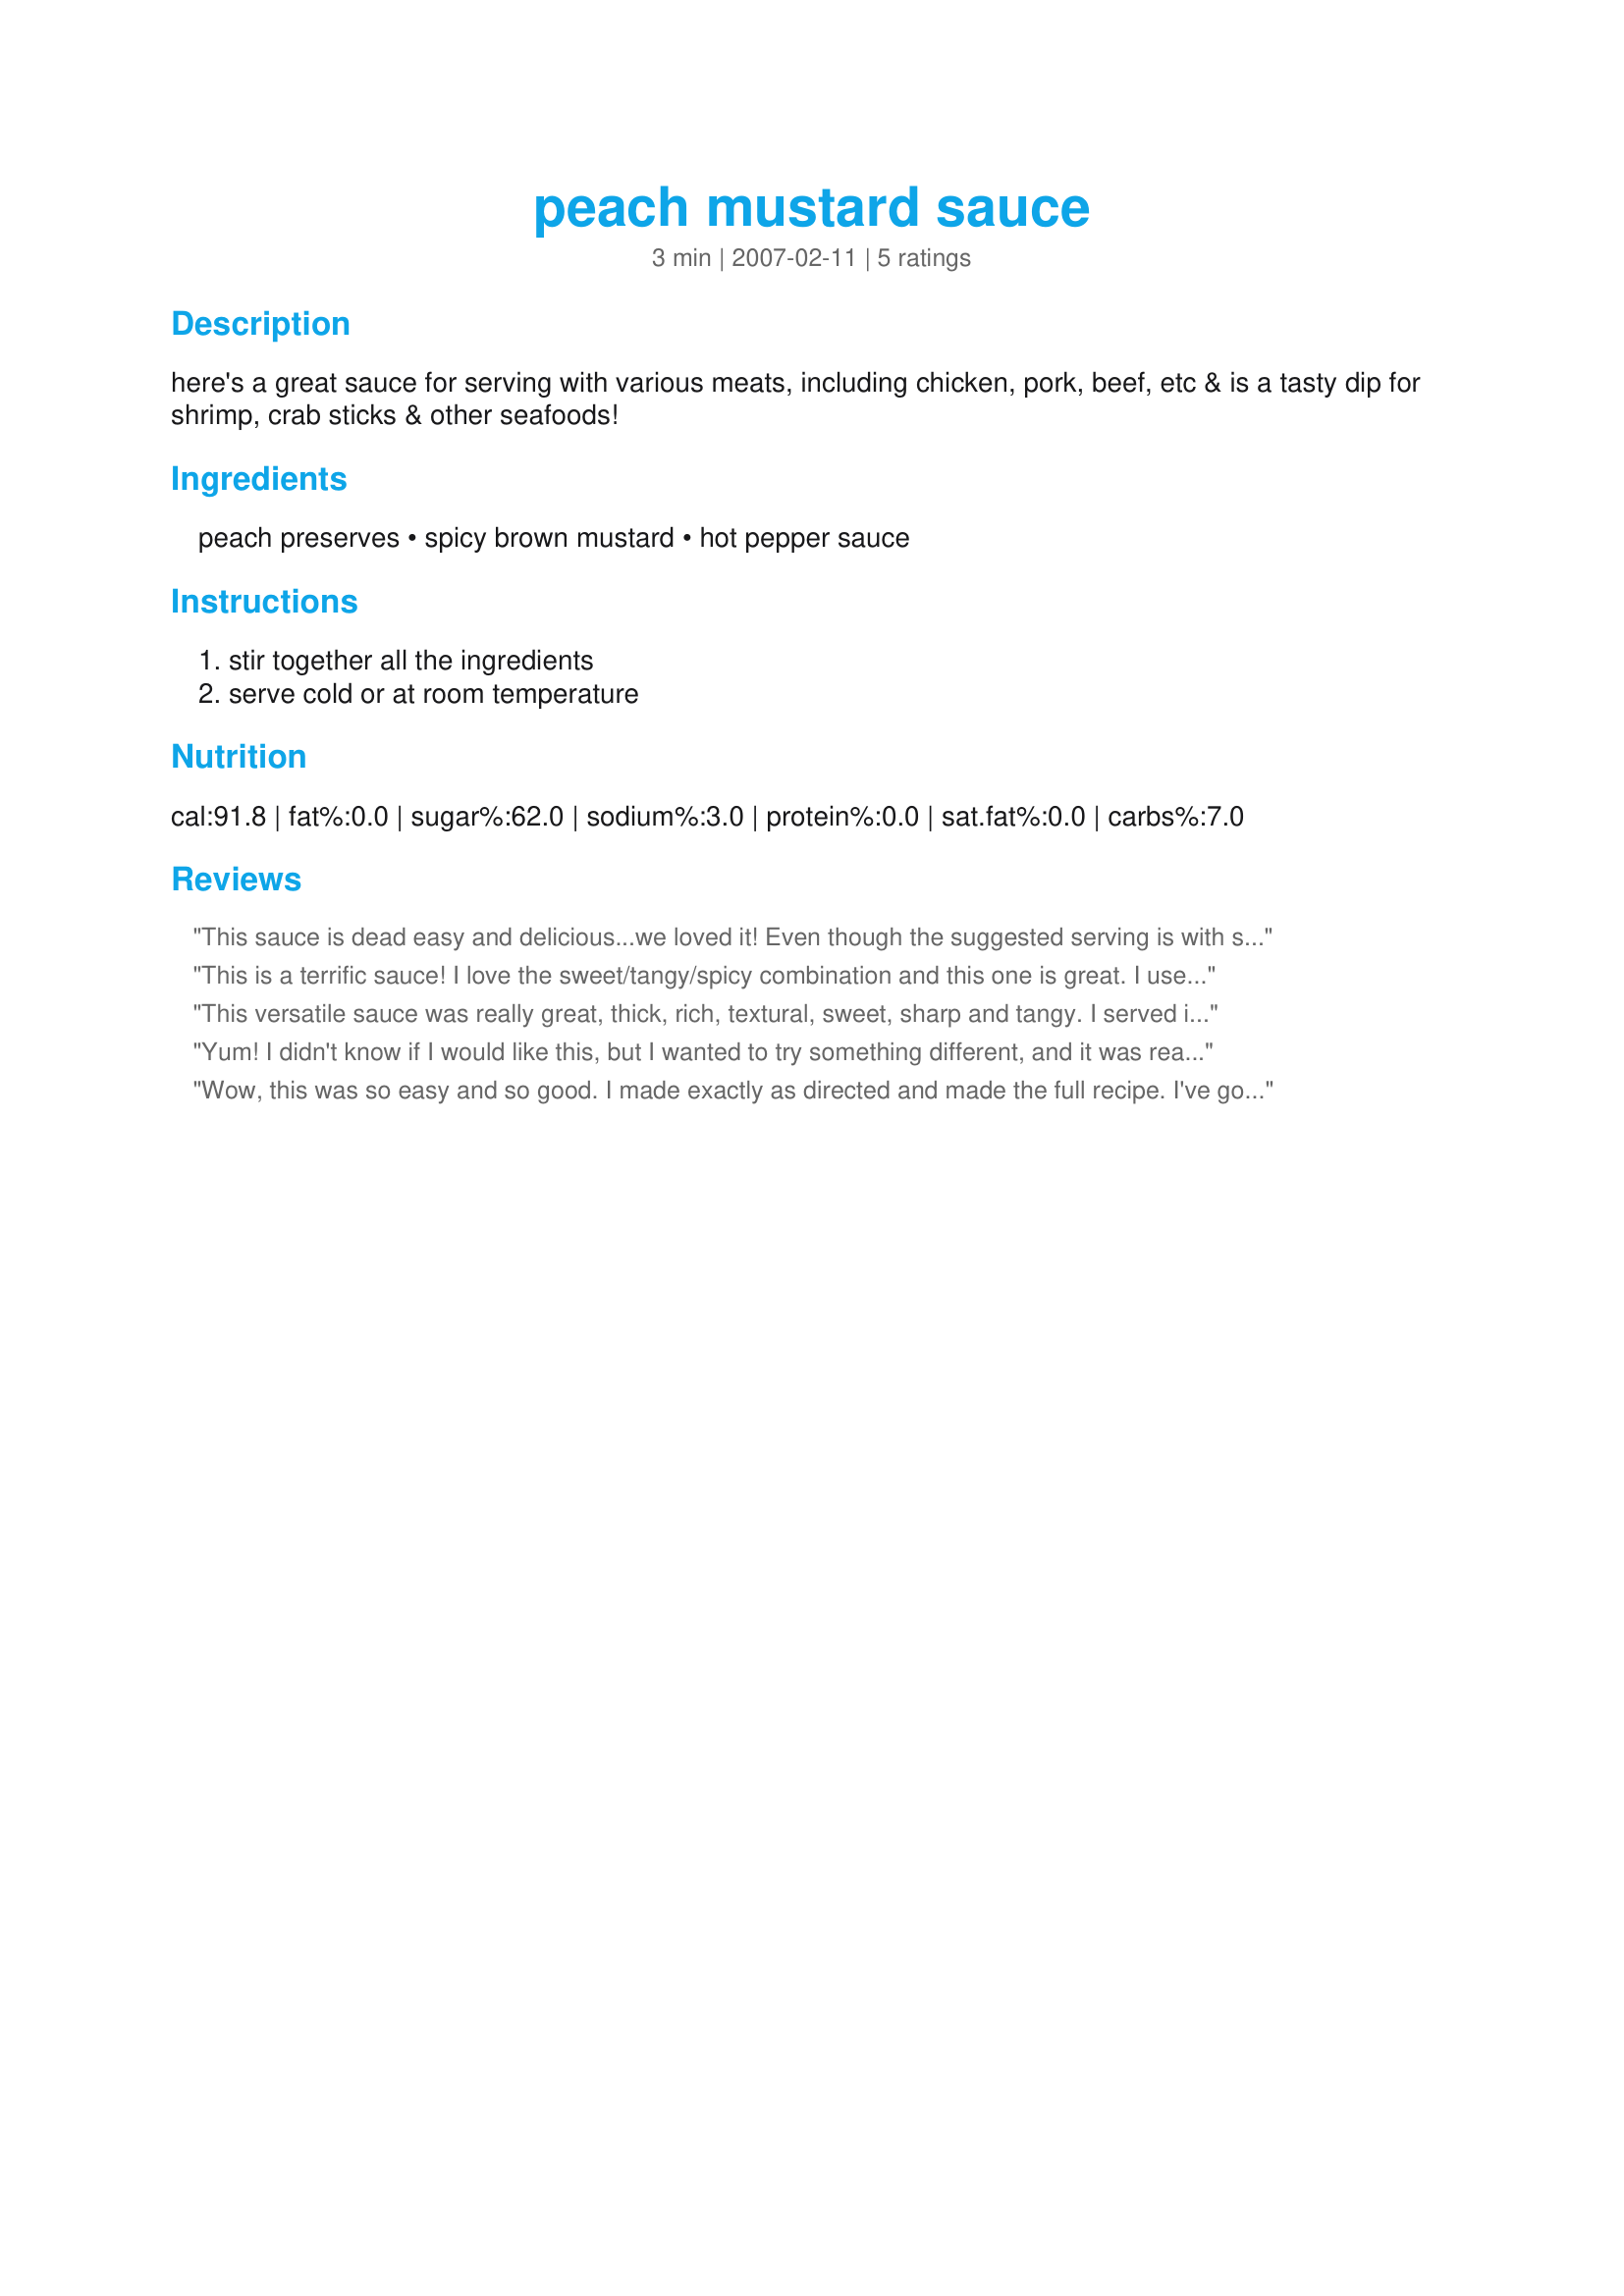
peach mustard sauce
Preparation time: 3 minutes

here's a great sauce for serving with various meats, including chicken, pork, beef, etc & is a tasty dip for shrimp, crab sticks & other seafoods!

Ingredients:
peach preserves, spicy brown mustard, hot pepper sauce

Steps:
stir together all the ingredients, serve cold or at room temperature

Reviews:
This sauce is dead easy and delicious...we loved it! Even though the suggested serving is with seafood, I made it to accompany roast chicken, and it was terrific. The Baby Kato review endorses the use with pork, so this sauce is obviously very versatile, and I intend to try it next with shrimp. To the leftover sauce I added leftover shredded chicken breast and some mayo, and plan to toss it with mesclun for lunch tomorrow...I'm betting this sauce with mayo will make a great salad dressing too.
This is a terrific sauce! I love the sweet/tangy/spicy combination and this one is great. I used a little extra tabasco because we like things spicy! I used this as a dipping sauce for breaded shrimp and am looking forward to trying it as a glaze for some grilled chicken. Thanks for posting this recipe!
This versatile sauce was really great, thick, rich, textural, sweet, sharp and tangy. I served it with pork eggrolls and as a glaze on my porkchops. It was wonderful served both ways.
Yum! I didn't know if I would like this, but I wanted to try something different, and it was really good! I made a single-serving batch using 1 1/2 tablespoons peach preserves, about 1/2 tablespoon German mustard (omitted hot sauce). I used it as a dipping sauce for Morningstar Farms vegetarian chick'n nuggets. The flavor was more complex than honey mustard, but similar. I will definitely make this again. Reviewed for September 2008 Vegetarian Recipe Swap
Wow, this was so easy and so good. I made exactly as directed and made the full recipe. I've got lots left, because I used this to glaze boneless pork chops. I served with a bit of sauce on top. Bf said this was REALLY GOOD. I can see this is a very versatile sauce and I can't wait to try it with other meats/foods. Thanks so much for sharing, Syd! Made for Please Review my Recipe Tag game.
